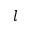
l